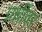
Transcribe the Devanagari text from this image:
प्रधींवर